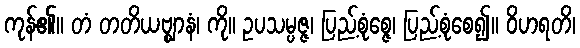
ကုန်၏။ တံ တတိယဗ္ဈာနံ၊ ကို။ ဥပသမ္ပဇ္ဇ၊ ပြည့်စုံစ္ဇေ၊ ပြည့်စုံစေ၍။ ဝိဟရတိ၊